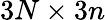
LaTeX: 3N\times 3n